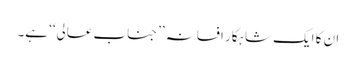
ان کا ایک شاہکار افسانہ ’’جناب عالی‘‘ ہے۔